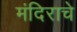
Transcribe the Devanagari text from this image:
मंदिराचे